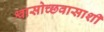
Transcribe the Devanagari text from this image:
श्वासोच्छवासाशी